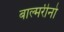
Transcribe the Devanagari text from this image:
बाल्मरीनो